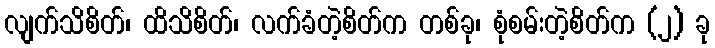
လျက်သိစိတ်၊ ထိသိစိတ်၊ လက်ခံတဲ့စိတ်က တစ်ခု၊ စုံစမ်းတဲ့စိတ်က (၂) ခု